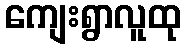
ကျေးရွာလူထု